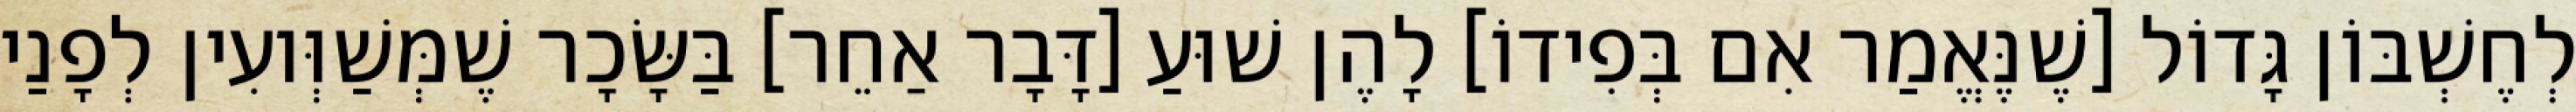
לְחֶשְׁבּוֹן גָּדוֹל [שֶׁנֶּאֱמַר אִם בְּפִידוֹ] לָהֶן שׁוּעַ [דָּבָר אַחֵר] בַּשָּׂכָר שֶׁמְּשַׁוְּועִין לְפָנַי